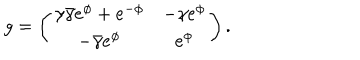
LaTeX: g = \left( \begin{array} { c c c } { { \gamma \bar { \gamma } e ^ { \phi } + e ^ { - \phi } } } & { { - \gamma e ^ { \phi } } } \\ { { - \bar { \gamma } e ^ { \phi } } } & { { e ^ { \phi } } } \\ \end{array} \right) .